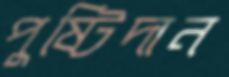
পুষ্টিদান